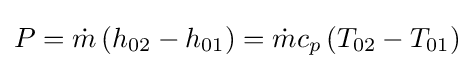
P={\dot {m}}\left(h_{02}-h_{01}\right)={\dot {m}}c_{p}\left(T_{02}-T_{01}\right)